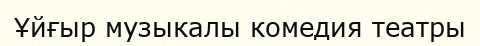
Ұйғыр музыкалы комедия театры